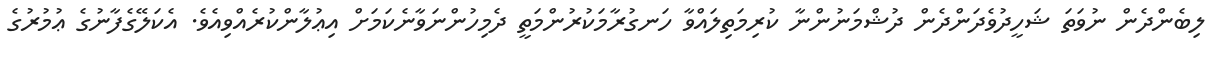
ލިބެންދެން ނުވަތަ ޝަހީދުވެދަންދެން ދުޝްމަނުންނާ ކުރިމަތިލައްވާ ހަނގުރާމަކުރުންމަތީ ދެމިހުންނަވާނެކަމަށް އިޢުލާންކުރެއްވިއެވެ. އެކަލޭގެފާނުގެ ޢުމުރުގެ